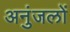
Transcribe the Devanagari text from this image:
अनुंजलों